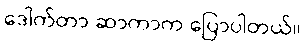
ဒေါက်တာ ဆာကာက ပြောပါတယ်။